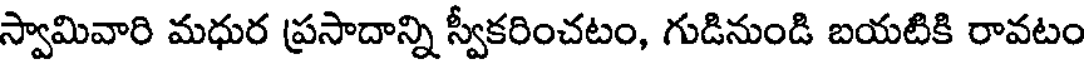
స్వామివారి మధుర ప్రసాదాన్ని స్వీకరించటం, గుడినుండి బయటికి రావటం